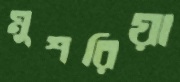
মুশরিয়া